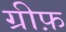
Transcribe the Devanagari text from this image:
ग्रीफ़